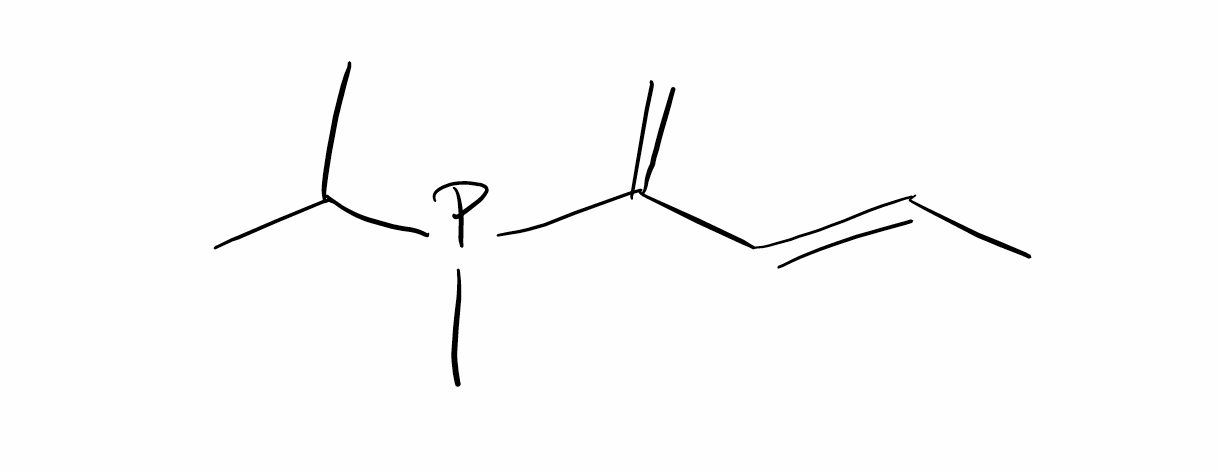
Simplified molecular-input line-entry system (SMILES) notation of the given molecule:
C/C=C/C(=C)P(C)C(C)C